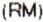
(RM)